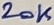
Text: 20K